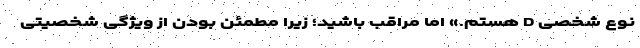
نوع شخصی D هستم.» اما مراقب باشید؛ زیرا مطمئن بودن از ویژگی شخصیتی